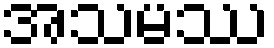
အသမဿ